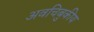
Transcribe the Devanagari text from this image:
अवचिबुकीय